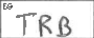
Transcription: TRB